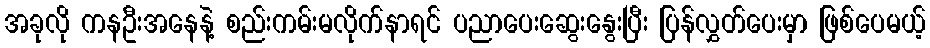
အခုလို ကနဦးအနေနဲ့ စည်းကမ်းမလိုက်နာရင် ပညာပေးဆွေးနွေးပြီး ပြန်လွှတ်ပေးမှာ ဖြစ်ပေမယ့်